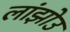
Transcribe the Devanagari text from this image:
लांझोउ